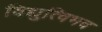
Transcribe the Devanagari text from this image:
विद्युत्विभव